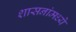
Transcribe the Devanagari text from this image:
शासनांमध्ये